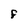
Character: F